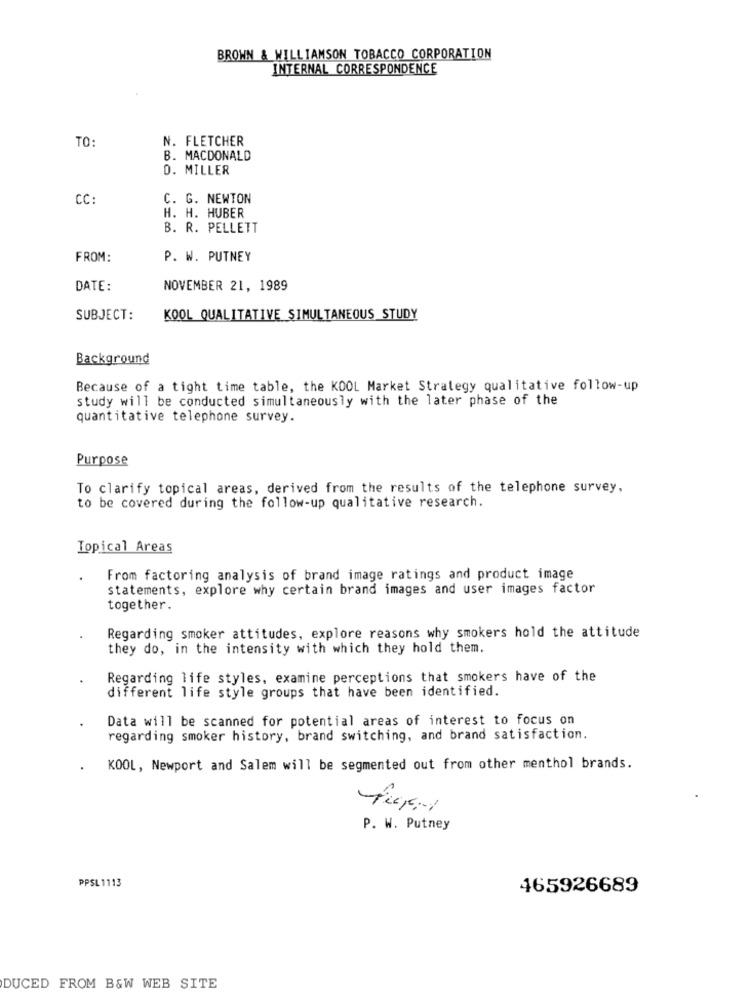
BROWN & WILLIAMSON TOBACCO CORPORATION
INTERNAL CORRESPONDENCE
TO:
N. FLETCHER
B. MACDONALD
D. MILLER
CC:
C. G. NEWTON
H. H. HUBER
B. R. PELLETT
FROM:
P. W. PUTNEY
DATE:
NOVEMBER 21, 1989
SUBJECT:
KOOL QUALITATIVE SIMULTANEOUS STUDY
Background
Because of a tight time table, the KOOL Market Strategy qualitative follow-up
study will be conducted simultaneously with the later phase of the
quantitative telephone survey.
Purpose
To clarify topical areas, derived from the results of the telephone survey,
to be covered during the follow-up qualitative research.
Topical Areas
From factoring analysis of brand image ratings and product image
statements, explore why certain brand images and user images factor
together.
Regarding smoker attitudes, explore reasons why smokers hold the attitude
they do, in the intensity with which they hold them.
Regarding life styles, examine perceptions that smokers have of the
different life style groups that have been identified.
Data will be scanned for potential areas of interest to focus on
regarding smoker history, brand switching, and brand satisfaction.
KOOL, Newport and Salem will be segmented out from other menthol brands.
P. W. Putney
PPSL 1113
465926689
DUCED FROM B&W WEB SITE